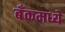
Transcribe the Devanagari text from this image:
बँकमध्ये